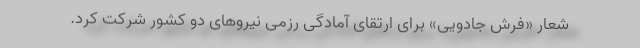
شعار «فرش جادویی» برای ارتقای آمادگی رزمی نیروهای دو کشور شرکت کرد.